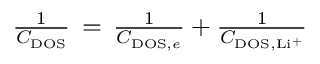
\begin{array} { r } { \frac { 1 } { C _ { \mathrm { D O S } } } \, = \, \frac { 1 } { C _ { \mathrm { D O S } , e } } + \frac { 1 } { C _ { \mathrm { D O S } , \mathrm { L i ^ { + } } } } } \end{array}